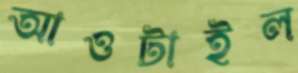
আওটাইল